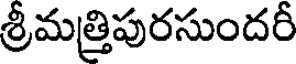
శ్రీమత్రిపురసుందరీ